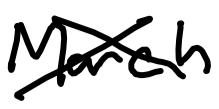
Text: March
Cross-out: cross
Writing tool: digital_black